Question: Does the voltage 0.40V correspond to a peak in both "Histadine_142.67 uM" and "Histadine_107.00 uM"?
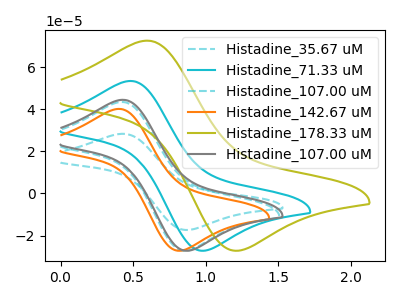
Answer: <think>The cyan dashed curve "Histadine_35.67 uM" has an anodic peak at (0.40V, 28.40uA) and a cathodic peak at (0.90V, -17.35uA). The cyan curve "Histadine_71.33 uM" has an anodic peak at (0.50V, 53.55uA) and a cathodic peak at (1.00V, -27.25uA). The cyan dashed curve "Histadine_107.00 uM" has an anodic peak at (0.40V, 43.55uA) and a cathodic peak at (0.85V, -27.25uA). The orange curve "Histadine_142.67 uM" has an anodic peak at (0.40V, 40.25uA) and a cathodic peak at (0.85V, -27.25uA). The olive curve "Histadine_178.33 uM" has an anodic peak at (0.60V, 72.70uA) and a cathodic peak at (1.25V, -27.20uA). The gray curve "Histadine_107.00 uM" has an anodic peak at (0.40V, 44.55uA) and a cathodic peak at (0.90V, -27.25uA).</think>
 <answer>Yes, "Histadine_142.67 uM" and "Histadine_107.00 uM" share a peak at 0.40V.</answer>
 <eval>match</eval>